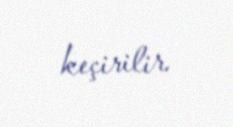
keçirilir.